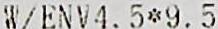
W/ENV4.5*9.5